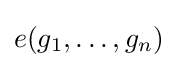
e(g_{1},\ldots ,g_{n})